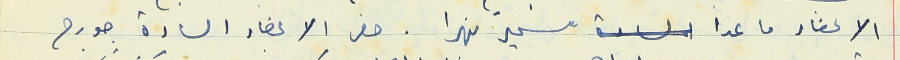
الاعضاء ما عدا سمير نهرا. حضر الاعضاء السادة جورج